On the importance of larval characters in the classification of mosquitoes - Number 25
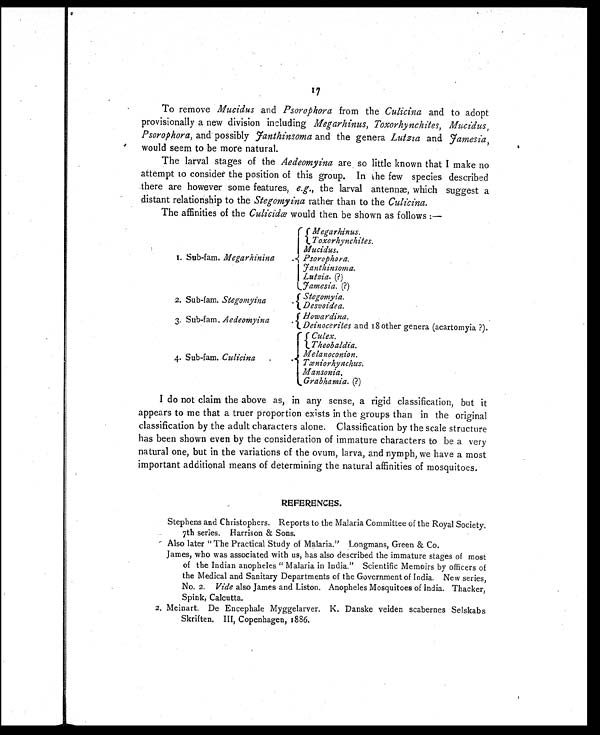
17
To remove Mucidus and Psorophora from the Culiana and to adopt
provisionally a new division including Megarhinus, Toxorhynchites, Mucidus,
Psorophora, and possibly Janthinsoma and the genera Lutzia and Jamesia,
would seem to be more natural.
The larval stages of the Aedeomyina are so little known that I make no
attempt to consider the position of this group. In the few species described
there are however some features, e.g., the larval antennæ, which suggest a
distant relationship to the Stegomyina rather than to the Culicina.
The affinities of the Culicidæ would then be shown as follows :—
1. Sub-fam. Megarhinina
.
Megarhinus.
Toxorhynchites.
Mucidus.
Psorophora.
Janthinsoma.
Lutzia. (?)
Jamesia. (?)
2. Sub-fam. Stegomyina
. Stegomyia.
Desvoidea.
3. Sub-fam Aedeomyina
. Howardina.
Deinocerites and 18 other genera (acartomyia ?).
4 . Sub-fam. Culicina .
.
Culex.
Theobaldia.
Melanoconion.
Tæniorhynchus.
Mansonia.
Grabhamia. (?)
I do not claim the above as, in any sense, a rigid classification, but it
appears to me that a truer proportion exists in the groups than in the original
classification by the adult characters alone. Classification by the scale structure
has been shown even by the consideration of immature characters to be a very
natural one, but in the variations of the ovum, larva, and nymph, we have a most
important additional means of determining the natural affinities of mosquitoes.
REFERENCES.
Stephens and Christophers. Reports to the Malaria Committee of the Royal Society.
7th series. Harrison & Sons.
Also later "The Practical Study of Malaria." Longmans, Green & Co.
James, who was associated with us, has also described the immature stages of most
of the Indian anopheles " Malaria in India." Scientific Memoirs by officers of
the Medical and Sanitary Departments of the Government of India. New series,
No. 2. Vide also James and Liston. Anopheles Mosquitoes of India. Thacker,
Spink, Calcutta.
2. Meinart. De Encephale Myggelarver. K. Danske veiden scabernes Selskabs
Skriften. III, Copenhagen, 1886.